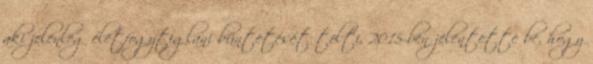
aki jelenleg életfogytiglani büntetését tölti, 2015-ben jelentette be, hogy